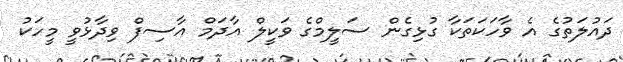
ދައުލަތުގެ އެ ވާހަކަތަކާ ގުޅިގެން ސަލީމްގެ ވަކީލް އާދަމް އާސިފް ވިދާޅުވީ މީހަކު